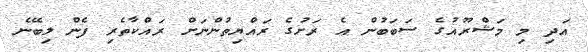
އަދި މި މަޝްރޫއުގެ ސަބަބުން އެ ރަށުގެ ރައްޔިތުންނަށް ރައްކާތެރި ފެން ލިބޭނެ